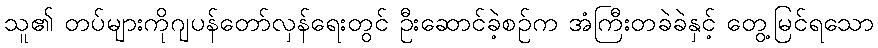
သူ၏ တပ်များကိုဂျပန်တော်လှန်ရေးတွင် ဦးဆောင်ခဲ့စဉ်က အံကြီးတခဲခဲနှင့် တွေ့မြင်ရသော